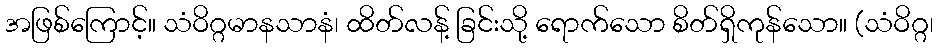
အဖြစ်ကြောင့်။ သံဝိဂ္ဂမာနသာနံ၊ ထိတ်လန့် ခြင်းသို့ ရောက်သော စိတ်ရှိကုန်သော။ (သံဝိဂ္ဂ၊